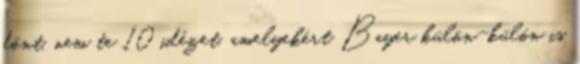
dönt, nem te 10 idézet, amelyekért Bayer külön-külön is